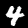
Digit: 4